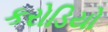
કરોડિયો